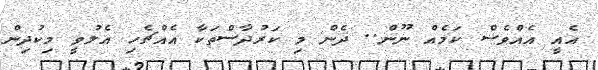
އެއީ އެއްވެސް ކަމެއް ނޫން.. ދެން މި ކަރުދާސްތަކާ އެއްޗެހި އެލުވީ މިކުދިން